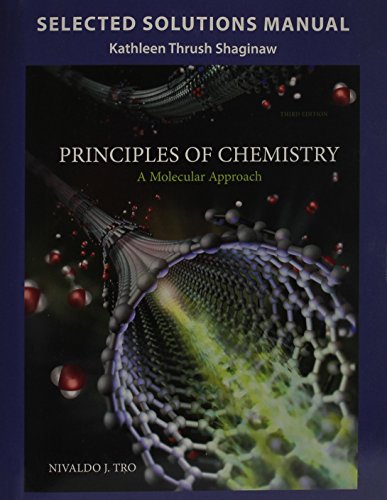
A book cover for Selected Solution Manual for Principles of Chemistry: A Molecular Approach; Nivaldo J. Tro; Science & Math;